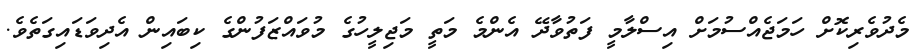
މެދުވެރިކޮށް ހަމަޖެއްސުމަށް އިސްލާމީ ފަތުވާދޭ އެންމެ މަތީ މަޖިލީހުގެ މުވައްޒަފުންގެ ކިބައިން އެދިވަޑައިގަތެވެ.